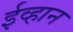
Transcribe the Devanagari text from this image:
ईव्हान